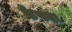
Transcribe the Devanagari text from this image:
फेंफड़ा